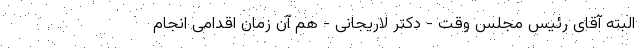
البته آقای رئیس مجلس وقت - دکتر لاریجانی - هم آن زمان اقدامی انجام